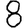
Digit: 8